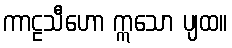
ကာဠသီဟော ဣသော ပျထ။